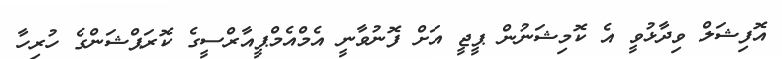
އޮފިޝަލް ވިދާޅުވީ އެ ކޮމިޝަނުން ޕީޖީ އަށް ފޮނުވާނީ އެމްއެމްޕީއާރްސީގެ ކޮރަޕްޝަންގެ ހުރިހާ